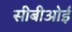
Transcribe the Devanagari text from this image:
सीबीओई